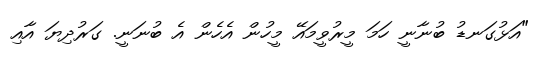
"އަޅުގަނޑު ބުނާނީ ހަމަ މީރުވީމައޭ މީހުން އެހެން އެ ބުނަނީ. ގަރުދިޔަ އާއި